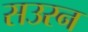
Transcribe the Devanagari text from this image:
सउरन